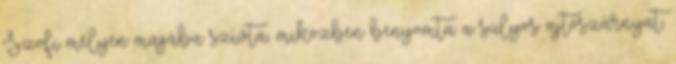
Szofi mélyen magába szívta, miközben benyomta a súlyos ajtószárnyat.